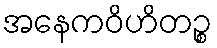
အနေကဝိဟိတဉ္စ